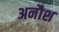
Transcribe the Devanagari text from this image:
अनौश